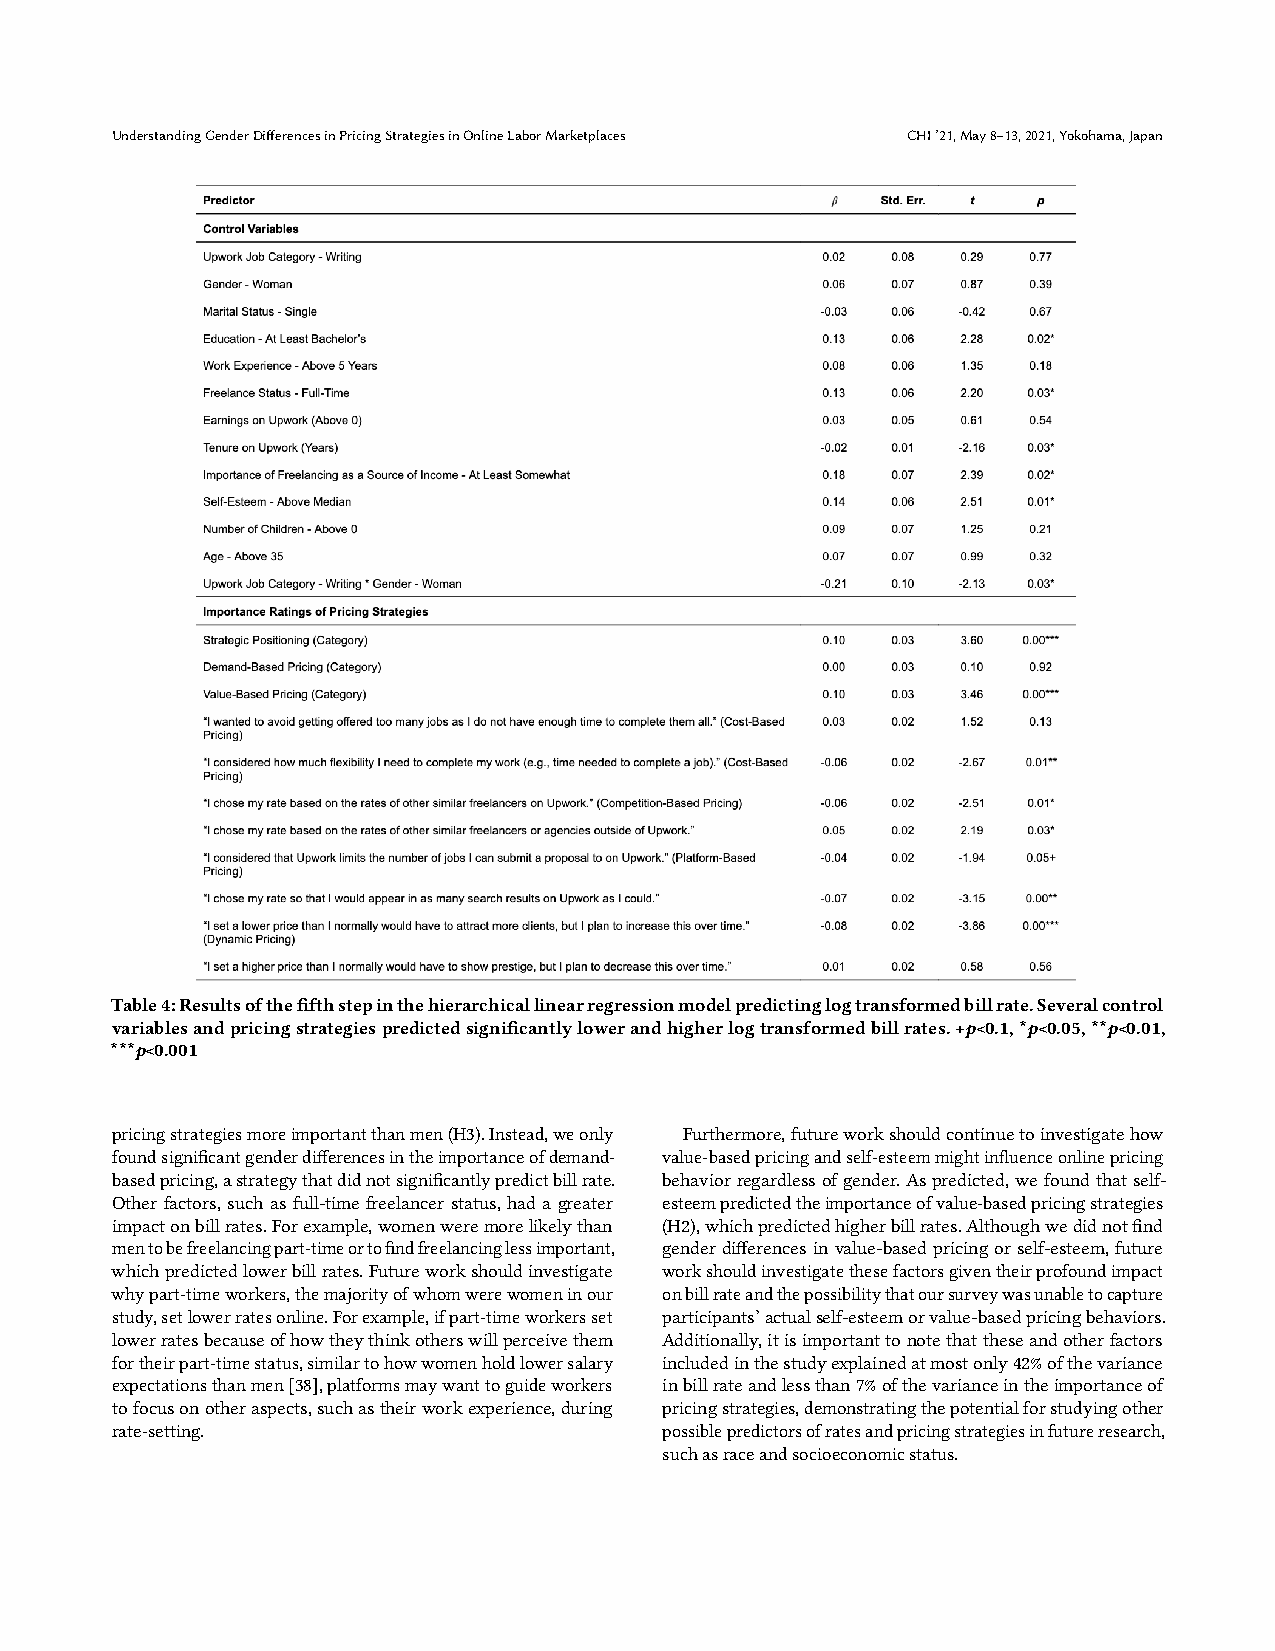
Understanding Gender Diferences in Pricing Strategies in Online Labor Marketplaces CHI ’21, May 8–13, 2021, Yokohama, Japan
 Table 4: Results of the ffth step in the hierarchical linear regression model predicting log transformed bill rate. Several control
 variables and pricing strategies predicted signifcantly lower and higher log transformed bill rates. +p<0.1, *p<0.05, **p<0.01,
 ***p<0.001
 pricing strategies more important than men (H3). Instead, we only Furthermore, future work should continue to investigate how
 found signifcant gender diferences in the importance of demand- value-based pricing and self-esteem might infuence online pricing
 based pricing, a strategy that did not signifcantly predict bill rate. behavior regardless of gender. As predicted, we found that self-
 Other factors, such as full-time freelancer status, had a greater esteem predicted the importance of value-based pricing strategies
 impact on bill rates. For example, women were more likely than (H2), which predicted higher bill rates. Although we did not fnd
 men to be freelancing part-time or to fnd freelancing less important, gender diferences in value-based pricing or self-esteem, future
 which predicted lower bill rates. Future work should investigate work should investigate these factors given their profound impact
 why part-time workers, the majority of whom were women in our on bill rate and the possibility that our survey was unable to capture
 study, set lower rates online. For example, if part-time workers set participants’ actual self-esteem or value-based pricing behaviors.
 lower rates because of how they think others will perceive them Additionally, it is important to note that these and other factors
 for their part-time status, similar to how women hold lower salary included in the study explained at most only 42% of the variance
 expectations than men [38], platforms may want to guide workers in bill rate and less than 7% of the variance in the importance of
 to focus on other aspects, such as their work experience, during pricing strategies, demonstrating the potential for studying other
 rate-setting.                        possible predictors of rates and pricing strategies in future research,
 such as race and socioeconomic status.